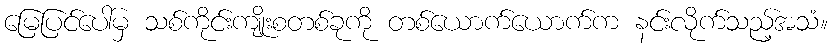
မြေပြင်ပေါ်မှ သစ်ကိုင်းကျိုးစတစ်ခုကို တစ်ယောက်ယောက်က နင်းလိုက်သည့်အသံ။